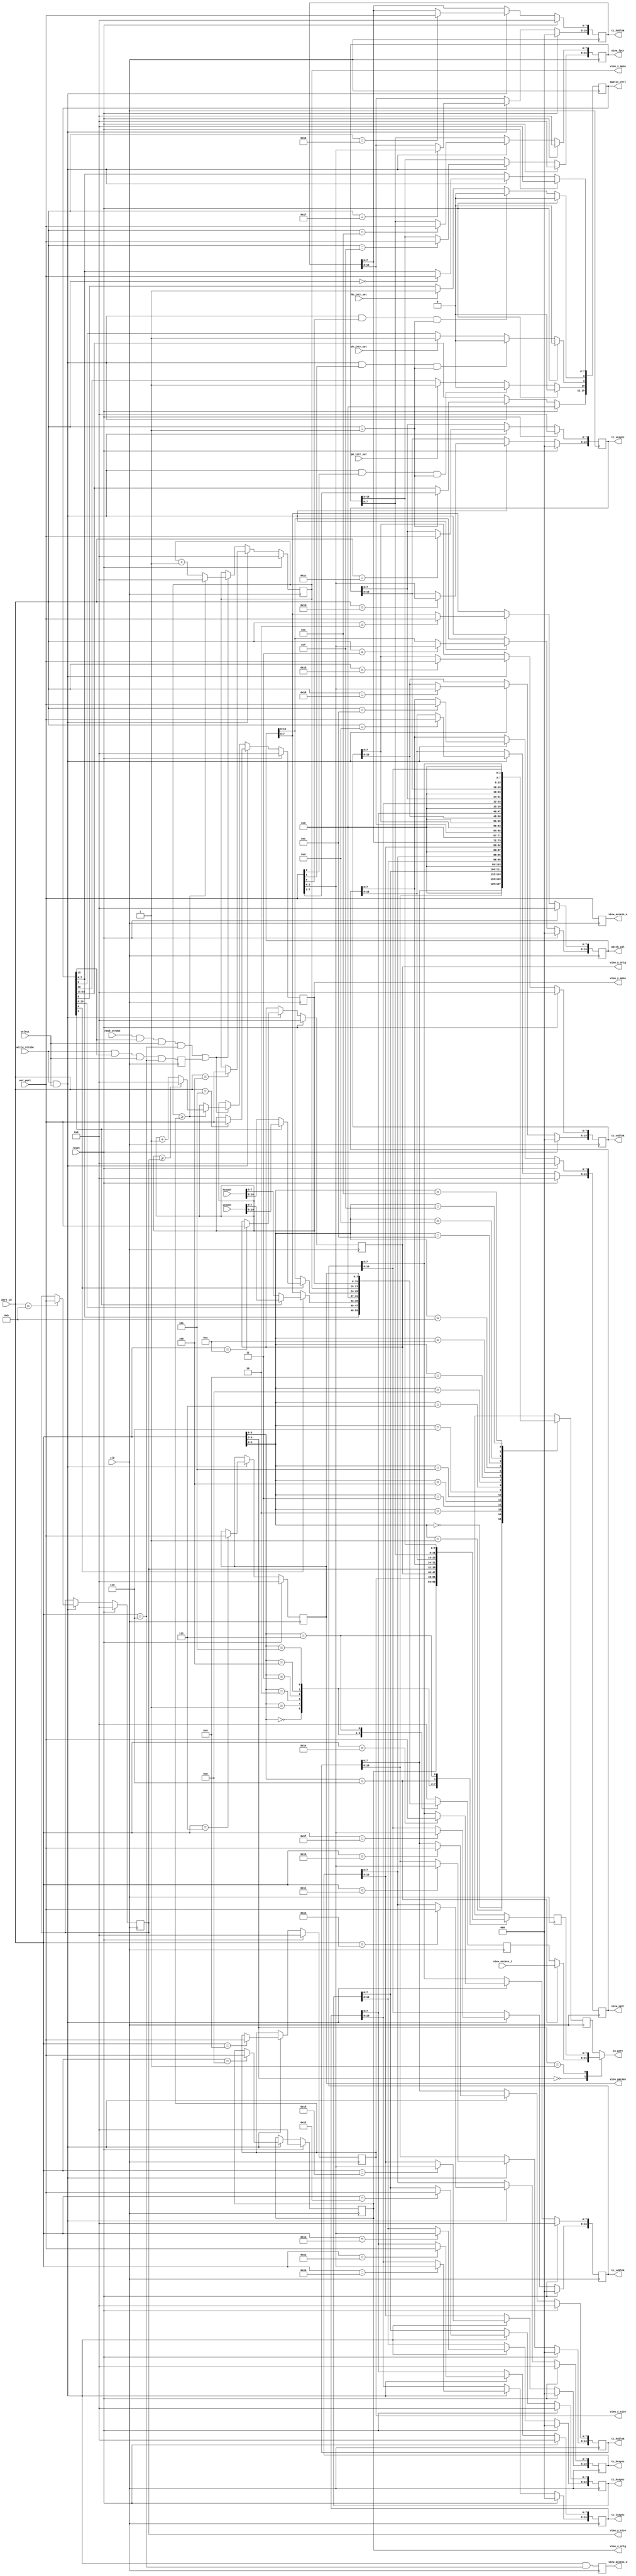
//////////////////////////////////////////////////////////////////////////////
// Copyright (c) 2006 Xilinx, Inc.
// This design is confidential and proprietary of Xilinx, All Rights Reserved.
//////////////////////////////////////////////////////////////////////////////
//   ____  ____
//  /   /\/   /
// /___/  \  /   Vendor:        Xilinx
// \   \   \/    Version:       1.0.0
//  \   \        Filename:      regfile.v
//  /   /        Date Created:  December 25, 2006
// /___/   /\    Last Modified: December 25, 2006
// \   \  /  \
//  \___\/\___\
//
// Devices:   Spartan-3 Generation FPGA
// Purpose:   Register file for control of picotext
// Contact:   crabill@xilinx.com
// Reference: None
//
// Revision History:
//   Rev 1.0.0 - (crabill) First created December 25, 2006.
//
//////////////////////////////////////////////////////////////////////////////
//
// LIMITED WARRANTY AND DISCLAIMER. These designs are provided to you "as is".
// Xilinx and its licensors make and you receive no warranties or conditions,
// express, implied, statutory or otherwise, and Xilinx specifically disclaims
// any implied warranties of merchantability, non-infringement, or fitness for
// a particular purpose. Xilinx does not warrant that the functions contained
// in these designs will meet your requirements, or that the operation of
// these designs will be uninterrupted or error free, or that defects in the
// designs will be corrected. Furthermore, Xilinx does not warrant or make any
// representations regarding use or the results of the use of the designs in
// terms of correctness, accuracy, reliability, or otherwise.
//
// LIMITATION OF LIABILITY. In no event will Xilinx or its licensors be liable
// for any loss of data, lost profits, cost or procurement of substitute goods
// or services, or for any special, incidental, consequential, or indirect
// damages arising from the use or operation of the designs or accompanying
// documentation, however caused and on any theory of liability. This
// limitation will apply even if Xilinx has been advised of the possibility
// of such damage. This limitation shall apply not-withstanding the failure
// of the essential purpose of any limited remedies herein.
//
//////////////////////////////////////////////////////////////////////////////
// Copyright (c) 2006 Xilinx, Inc.
// This design is confidential and proprietary of Xilinx, All Rights Reserved.
//////////////////////////////////////////////////////////////////////////////

`timescale 1 ns / 1 ps

module regfile

  #(
  parameter          PT_IS_WRITABLE = "TRUE",
  parameter          PT_IS_READABLE = "TRUE",
  parameter          PT_HAS_AUTOINC = "TRUE",
  parameter   [15:0] INITIAL_MASTER_CTRL = 16'h0000,
  parameter   [10:0] INITIAL_MATCH_VAL = 11'd0,
  parameter    [7:0] INITIAL_VIEW_X_APOS = 8'h00,
  parameter    [7:0] INITIAL_VIEW_Y_APOS = 8'h00,
  parameter    [7:0] INITIAL_VIEW_PARAMS = 8'h00,
  parameter          VIEW_EQUATION_FORM = "ORIGINAL_2D",

  parameter          VP_IS_WRITABLE = "TRUE",
  parameter          VP_IS_READABLE = "TRUE",
  parameter    [7:0] INITIAL_X_ORIG = 8'h00,
  parameter    [7:0] INITIAL_X_SIZE = 8'h00,
  parameter    [7:0] INITIAL_Y_ORIG = 8'h00,
  parameter    [7:0] INITIAL_Y_SIZE = 8'h00,
  parameter   [15:0] INITIAL_CPTR = 16'h0000,
  parameter   [15:0] INITIAL_FPTR = 16'h0000,

  parameter          TC_IS_WRITABLE = "TRUE",
  parameter          TC_IS_READABLE = "TRUE",
  parameter   [10:0] INITIAL_HSBLNK = 11'd0,
  parameter   [10:0] INITIAL_HSSYNC = 11'd0,
  parameter   [10:0] INITIAL_HESYNC = 11'd0,
  parameter   [10:0] INITIAL_HEBLNK = 11'd0,
  parameter   [10:0] INITIAL_VSBLNK = 11'd0,
  parameter   [10:0] INITIAL_VSSYNC = 11'd0,
  parameter   [10:0] INITIAL_VESYNC = 11'd0,
  parameter   [10:0] INITIAL_VEBLNK = 11'd0
  )

  (
  output reg   [7:0] in_port,

  input  wire  [4:0] port_id,
  input  wire  [7:0] out_port,
  input  wire        write_strobe,
  input  wire        read_strobe,
  input  wire        select,
  input  wire        reset,
  input  wire        clk,

  output reg  [15:0] master_ctrl,
  input  wire        pm_intr_set,
  input  wire        vb_intr_set,
  input  wire        hb_intr_set,
  output reg  [10:0] match_val,
  input  wire [10:0] hcount,
  input  wire [10:0] vcount,

  output reg   [7:0] view_x_apos,
  output reg   [7:0] view_y_apos,
  output reg   [7:0] view_access_o,
  input  wire  [7:0] view_access_i,
  output reg         view_access_w,
  output reg   [7:0] view_params,

  output reg   [7:0] view_x_orig,
  output reg   [7:0] view_x_size,
  output reg   [7:0] view_y_orig,
  output reg   [7:0] view_y_size,
  output reg  [15:0] view_cptr,
  output reg  [15:0] view_fptr,

  output reg  [10:0] tc_hsblnk,
  output reg  [10:0] tc_hssync,
  output reg  [10:0] tc_hesync,
  output reg  [10:0] tc_heblnk,
  output reg  [10:0] tc_vsblnk,
  output reg  [10:0] tc_vssync,
  output reg  [10:0] tc_vesync,
  output reg  [10:0] tc_veblnk
  );

  //******************************************************************//
  // master_ctrl_l 8-bit master control register lo-byte              //
  //               master_ctrl[7]  = disable display                  //
  //               master_ctrl[6]  = vs polarity active low           //
  //               master_ctrl[5]  = hs polarity active low           //
  //               master_ctrl[4]  = beam pos on match_val reads      //
  //               master_ctrl[3]  = beam pos read select (0=H, 1=V)  //
  //               master_ctrl[2]  = red (background)                 //
  //               master_ctrl[1]  = grn (background)                 //
  //               master_ctrl[0]  = blu (background)                 //
  // master_ctrl_h 8-bit master control register hi-byte              //
  //               master_ctrl[15] = enable auto increment            //
  //               master_ctrl[14] = value match select (0=H, 1=V)    //
  //               master_ctrl[13] = enable value match intr          //
  //               master_ctrl[12] = enable vblank intr               //
  //               master_ctrl[11] = enable hblank intr               //
  //               master_ctrl[10] = value match intr pending (rwc)   //
  //               master_ctrl[9]  = vblank intr pending (rwc)        //
  //               master_ctrl[8]  = hblank intr pending (rwc)        //
  // match_val_l   8-bit interrupt timing match value lo-byte         //
  // match_val_h   3-bit interrupt timing match value hi-byte         //
  // view_x_apos   8-bit viewport access x-position, in characters    //
  // view_y_apos   8-bit viewport access y-position, in characters    //
  // view_access   8-bit viewport data port                           //
  // view_params   8-bit viewport display parameters                  //
  //               view_params[7] = flip all character y              //
  //               view_params[6] = flip all character x              //
  //               view_params[5] = red (char color 1)                //
  //               view_params[4] = grn (char color 1)                //
  //               view_params[3] = blu (char color 1)                //
  //               view_params[2] = red (char color 0)                //
  //               view_params[1] = grn (char color 0)                //
  //               view_params[0] = blu (char color 0)                //
  //                                                                  //
  // view_x_orig   8-bit viewport x-origin, in characters             //
  // view_x_size   8-bit viewport x-size, in (characters - 1)         //
  // view_y_orig   8-bit viewport y-origin, in characters             //
  // view_y_size   8-bit viewport y-size, in (characters - 1)         //
  // view_cptr_l   8-bit viewport ptr to char data lo-byte            //
  // view_cptr_h   8-bit viewport ptr to char data hi-byte            //
  // view_fptr_l   8-bit viewport ptr to font data lo-byte            //
  // view_fptr_h   8-bit viewport ptr to font data hi-byte            //
  //                                                                  //
  // tc_hsblnk_l   8-bit timing control hsblnk lo-byte (pixels)       //
  // tc_hsblnk_h   3-bit timing control hsblnk hi-byte (pixels)       //
  // tc_hssync_l   8-bit timing control hssync lo-byte (pixels)       //
  // tc_hssync_h   3-bit timing control hssync hi-byte (pixels)       //
  // tc_hesync_l   8-bit timing control hesync lo-byte (pixels)       //
  // tc_hesync_h   3-bit timing control hesync hi-byte (pixels)       //
  // tc_heblnk_l   8-bit timing control heblnk lo-byte (pixels)       //
  // tc_heblnk_h   3-bit timing control heblnk hi-byte (pixels)       //
  // tc_vsblnk_l   8-bit timing control vsblnk lo-byte (lines)        //
  // tc_vsblnk_h   3-bit timing control vsblnk hi-byte (lines)        //
  // tc_vssync_l   8-bit timing control vssync lo-byte (lines)        //
  // tc_vssync_h   3-bit timing control vssync hi-byte (lines)        //
  // tc_vesync_l   8-bit timing control vesync lo-byte (lines)        //
  // tc_vesync_h   3-bit timing control vesync hi-byte (lines)        //
  // tc_veblnk_l   8-bit timing control veblnk lo-byte (lines)        //
  // tc_veblnk_h   3-bit timing control veblnk hi-byte (lines)        //
  //******************************************************************//

  reg   [7:0] pt_read;
  reg   [7:0] vp_read;
  reg   [7:0] tc_read;

  //******************************************************************//
  // This logic implements the auto increment "next state" for the    //
  // view_x_apos and view_y_apos registers.  If auto increment is on, //
  // these registers will advance every time the buffer is accessed.  //
  //******************************************************************//

  reg         autoinc_rd;
  reg         autoinc_wr;
  wire  [7:0] next_x_apos;
  wire  [7:0] next_y_apos;

  generate
    if (PT_HAS_AUTOINC == "TRUE")
    begin : autoinc_enable
      always @* autoinc_rd = read_strobe && master_ctrl[15] &&
        select && (port_id == 5'b00110);
      always @(posedge clk) autoinc_wr <= write_strobe &&
        master_ctrl[15] && select && (port_id == 5'b00110);
    end
    else
    begin : autoinc_disable
      initial autoinc_rd <= 1'b0;
      initial autoinc_wr <= 1'b0;
    end
  endgenerate

  generate
    if ((VIEW_EQUATION_FORM == "ALT_EXPR_2D") ||
        (VIEW_EQUATION_FORM == "ORIGINAL_2D"))
    begin : pt_autoinc_2d
      // this will auto-correct when out of bounds
      // use equality if auto-correct is not desired
      assign next_x_apos =
        (view_x_apos >= view_x_size) ?
        (8'h00) : (view_x_apos + 8'h01);
      assign next_y_apos =
        (view_x_apos >= view_x_size) ?
        ((view_y_apos >= view_y_size) ?
        (8'h00) : (view_y_apos + 8'h01)) :
        view_y_apos ;
    end
    else if (VIEW_EQUATION_FORM == "LINEAR")
    begin : pt_autoinc_1d
      assign {next_y_apos,next_x_apos} =
        {view_y_apos,view_x_apos} + 16'h0001;
    end
    else
    begin : pt_autoinc_incorrect
      assign next_x_apos = 8'h00;
      assign next_y_apos = 8'h00;
    end
  endgenerate

  //******************************************************************//
  // Here, the "registers" are implemented.  If a particular bank of  //
  // registers is marked as not writable, registers are replaced with //
  // constant values.                                                 //
  //******************************************************************//

  generate
    if (PT_IS_WRITABLE == "TRUE")
    begin : pt_registers
      always @(posedge clk)
      begin
        view_access_o <= out_port[7:0];
        view_access_w <= write_strobe && select && (port_id == 5'b00110);
        if (reset)
        begin
          master_ctrl[10] <= INITIAL_MASTER_CTRL[10];
          master_ctrl[9]  <= INITIAL_MASTER_CTRL[9];
          master_ctrl[8]  <= INITIAL_MASTER_CTRL[8];
        end
        else
        begin
          if (write_strobe && select && out_port[2] && (port_id == 5'b00001))
            master_ctrl[10] <= 1'b0;
          else if (pm_intr_set) master_ctrl[10] <= 1'b1;
          if (write_strobe && select && out_port[1] && (port_id == 5'b00001))
            master_ctrl[9]  <= 1'b0;
          else if (vb_intr_set) master_ctrl[9]  <= 1'b1;
          if (write_strobe && select && out_port[0] && (port_id == 5'b00001))
            master_ctrl[8]  <= 1'b0;
          else if (hb_intr_set) master_ctrl[8]  <= 1'b1;
        end
        if (reset)
        begin
          master_ctrl[7:0] <= INITIAL_MASTER_CTRL[7:0];
          master_ctrl[15:11] <= INITIAL_MASTER_CTRL[15:11];
          match_val <= INITIAL_MATCH_VAL;
          view_params <= INITIAL_VIEW_PARAMS;
        end
        else if (write_strobe && select)
        begin
          case (port_id)
            5'b00000: master_ctrl[7:0] <= out_port[7:0];
            5'b00001: master_ctrl[15:11] <= out_port[7:3];
            5'b00010: match_val [7:0] <= out_port[7:0];
            5'b00011: match_val[10:8] <= out_port[2:0];
            5'b00111: view_params <= out_port[7:0];
          endcase
        end
        if (reset)
        begin
          view_x_apos <= INITIAL_VIEW_X_APOS;
          view_y_apos <= INITIAL_VIEW_Y_APOS;
        end
        else if (write_strobe && select)
        begin
          case (port_id)
            5'b00100: view_x_apos <= out_port[7:0];
            5'b00101: view_y_apos <= out_port[7:0];
          endcase
        end
        else if (autoinc_rd || autoinc_wr)
        begin
          view_x_apos <= next_x_apos;
          view_y_apos <= next_y_apos;
        end
      end
    end
    else
    begin : pt_constants
      initial
      begin
        view_access_o <= 8'h00;
        view_access_w <= 1'b0;
        master_ctrl <= INITIAL_MASTER_CTRL;
        match_val <= INITIAL_MATCH_VAL;
        view_x_apos <= INITIAL_VIEW_X_APOS;
        view_y_apos <= INITIAL_VIEW_Y_APOS;
        view_params <= INITIAL_VIEW_PARAMS;
      end
    end
  endgenerate

  generate
    if (VP_IS_WRITABLE == "TRUE")
    begin : vp_registers
      always @(posedge clk)
      begin
        if (reset)
        begin
          view_x_orig <= INITIAL_X_ORIG;
          view_x_size <= INITIAL_X_SIZE;
          view_y_orig <= INITIAL_Y_ORIG;
          view_y_size <= INITIAL_Y_SIZE;
          view_cptr <= INITIAL_CPTR;
          view_fptr <= INITIAL_FPTR;
        end
        else if (write_strobe && select)
        begin
          case (port_id)
            5'b01000: view_x_orig <= out_port[7:0];
            5'b01001: view_x_size <= out_port[7:0];
            5'b01010: view_y_orig <= out_port[7:0];
            5'b01011: view_y_size <= out_port[7:0];
            5'b01100: view_cptr [7:0] <= out_port[7:0];
            5'b01101: view_cptr[15:8] <= out_port[7:0];
            5'b01110: view_fptr [7:0] <= out_port[7:0];
            5'b01111: view_fptr[15:8] <= out_port[7:0];
          endcase
        end
      end
    end
    else
    begin : vp_constants
      initial
      begin
        view_x_orig <= INITIAL_X_ORIG;
        view_x_size <= INITIAL_X_SIZE;
        view_y_orig <= INITIAL_Y_ORIG;
        view_y_size <= INITIAL_Y_SIZE;
        view_cptr <= INITIAL_CPTR;
        view_fptr <= INITIAL_FPTR;
      end
    end
  endgenerate

  generate
    if (TC_IS_WRITABLE == "TRUE")
    begin : tc_registers
      always @(posedge clk)
      begin
        if (reset)
        begin
          tc_hsblnk <= INITIAL_HSBLNK;
          tc_hssync <= INITIAL_HSSYNC;
          tc_hesync <= INITIAL_HESYNC;
          tc_heblnk <= INITIAL_HEBLNK;
          tc_vsblnk <= INITIAL_VSBLNK;
          tc_vssync <= INITIAL_VSSYNC;
          tc_vesync <= INITIAL_VESYNC;
          tc_veblnk <= INITIAL_VEBLNK;
        end
        else if (write_strobe && select)
        begin
          case (port_id)
            5'b10000: tc_hsblnk [7:0] <= out_port[7:0];
            5'b10001: tc_hsblnk[10:8] <= out_port[2:0];
            5'b10010: tc_hssync [7:0] <= out_port[7:0];
            5'b10011: tc_hssync[10:8] <= out_port[2:0];
            5'b10100: tc_hesync [7:0] <= out_port[7:0];
            5'b10101: tc_hesync[10:8] <= out_port[2:0];
            5'b10110: tc_heblnk [7:0] <= out_port[7:0];
            5'b10111: tc_heblnk[10:8] <= out_port[2:0];
            5'b11000: tc_vsblnk [7:0] <= out_port[7:0];
            5'b11001: tc_vsblnk[10:8] <= out_port[2:0];
            5'b11010: tc_vssync [7:0] <= out_port[7:0];
            5'b11011: tc_vssync[10:8] <= out_port[2:0];
            5'b11100: tc_vesync [7:0] <= out_port[7:0];
            5'b11101: tc_vesync[10:8] <= out_port[2:0];
            5'b11110: tc_veblnk [7:0] <= out_port[7:0];
            5'b11111: tc_veblnk[10:8] <= out_port[2:0];
          endcase
        end
      end
    end
    else
    begin : tc_constants
      initial
      begin
        tc_hsblnk <= INITIAL_HSBLNK;
        tc_hssync <= INITIAL_HSSYNC;
        tc_hesync <= INITIAL_HESYNC;
        tc_heblnk <= INITIAL_HEBLNK;
        tc_vsblnk <= INITIAL_VSBLNK;
        tc_vssync <= INITIAL_VSSYNC;
        tc_vesync <= INITIAL_VESYNC;
        tc_veblnk <= INITIAL_VEBLNK;
      end
    end
  endgenerate

  //******************************************************************//
  // Here, the "registers" are multiplexed for the read port.  If a   //
  // particular bank of registers is marked as not readable, zero is  //
  // returned on reads.                                               //
  //******************************************************************//

  generate
    if (PT_IS_READABLE == "TRUE")
    begin : pt_readmux
      reg [7:0] pt_temp;
      always @(posedge clk)
      begin
        case (port_id[2:0])
          3'b000: pt_temp <= master_ctrl[7:0];
          3'b001: pt_temp <= master_ctrl[15:8];
          3'b010: begin
                    if (!master_ctrl[4])
                      pt_temp <= match_val [7:0];
                    else pt_temp <= master_ctrl[3] ?
                      vcount[7:0] : hcount[7:0];
                  end
          3'b011: begin
                    if (!master_ctrl[4])
                      pt_temp <= {5'b00000, match_val[10:8]};
                    else pt_temp <= master_ctrl[3] ?
                      {5'b00000, vcount[10:8]} :
                      {5'b00000, hcount[10:8]} ;
                  end
          3'b100: pt_temp <= view_x_apos;
          3'b101: pt_temp <= view_y_apos;
          3'b111: pt_temp <= view_params;
          default: pt_temp <= 8'h00;
        endcase
      end
      always @* pt_read = (port_id[2:0] == 3'b110) ? view_access_i : pt_temp;
    end
    else
    begin : pt_readless
      initial pt_read <= 8'h00;
    end
  endgenerate

  generate
    if (VP_IS_READABLE == "TRUE")
    begin : vp_readmux
      always @(posedge clk)
      begin
        case (port_id[2:0])
          3'b000: vp_read <= view_x_orig;
          3'b001: vp_read <= view_x_size;
          3'b010: vp_read <= view_y_orig;
          3'b011: vp_read <= view_y_size;
          3'b100: vp_read <= view_cptr [7:0];
          3'b101: vp_read <= view_cptr[15:8];
          3'b110: vp_read <= view_fptr [7:0];
          3'b111: vp_read <= view_fptr[15:8];
          default: vp_read <= 8'h00;
        endcase
      end
    end
    else
    begin : vp_readless
      initial vp_read <= 8'h00;
    end
  endgenerate

  generate
    if (TC_IS_READABLE == "TRUE")
    begin : tc_readmux
      always @(posedge clk)
      begin
        case (port_id[3:0])
          4'b0000: tc_read <= tc_hsblnk [7:0];
          4'b0001: tc_read <= {5'b00000, tc_hsblnk[10:8]};
          4'b0010: tc_read <= tc_hssync [7:0];
          4'b0011: tc_read <= {5'b00000, tc_hssync[10:8]};
          4'b0100: tc_read <= tc_hesync [7:0];
          4'b0101: tc_read <= {5'b00000, tc_hesync[10:8]};
          4'b0110: tc_read <= tc_heblnk [7:0];
          4'b0111: tc_read <= {5'b00000, tc_heblnk[10:8]};
          4'b1000: tc_read <= tc_vsblnk [7:0];
          4'b1001: tc_read <= {5'b00000, tc_vsblnk[10:8]};
          4'b1010: tc_read <= tc_vssync [7:0];
          4'b1011: tc_read <= {5'b00000, tc_vssync[10:8]};
          4'b1100: tc_read <= tc_vesync [7:0];
          4'b1101: tc_read <= {5'b00000, tc_vesync[10:8]};
          4'b1110: tc_read <= tc_veblnk [7:0];
          4'b1111: tc_read <= {5'b00000, tc_veblnk[10:8]};
          default: tc_read <= 8'h00;
        endcase
      end
    end
    else
    begin : tc_readless
      initial tc_read <= 8'h00;
    end
  endgenerate

  always @*
  begin
    case (port_id[4:3])
      2'b00: in_port = pt_read;
      2'b01: in_port = vp_read;
      default: in_port = tc_read;
    endcase
  end

  //******************************************************************//
  //                                                                  //
  //******************************************************************//

endmodule